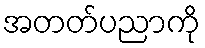
အတတ်ပညာကို